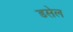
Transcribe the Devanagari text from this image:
डसेल